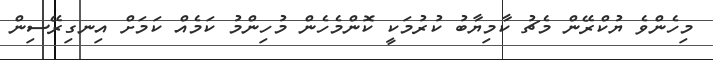
މިހެންވެ ޔުކްރޭން މެޗު ކާމިޔާބު ކުރުމަކީ ކޮންމެހެން މުހިންމު ކަމެއް ކަމަށް އިނގިރޭސިން